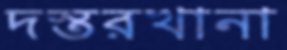
দস্তরখানা